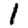
Digit: 1